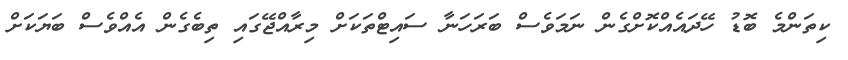
ކިތަންމެ ބޮޑު ހޭދައެއްކޮށްގެން ނަމަވެސް ބަރަހަނާ ސައިޓްތަކަށް މިރާއްޖޭގައި ތިބެގެން އެއްވެސް ބަޔަކަށް